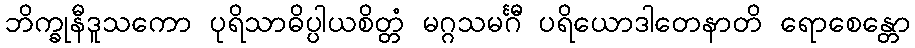
ဘိက္ခုနီဒူသကော ပုရိသာဓိပ္ပါယစိတ္တံ မဂ္ဂသမင်္ဂီ ပရိယောဒါတေနာတိ ရောစေန္တော